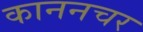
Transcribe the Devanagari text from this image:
काननचर